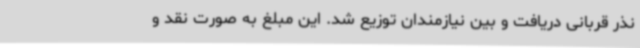
نذر قربانی دریافت و بین نیازمندان توزیع شد. این مبلغ به صورت نقد و